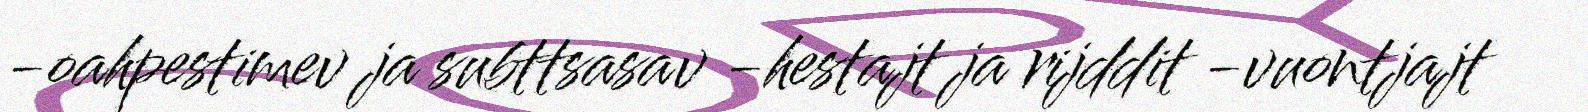
-oahpestimev ja subttsasav -hestajt ja rijddit -vuontjajt